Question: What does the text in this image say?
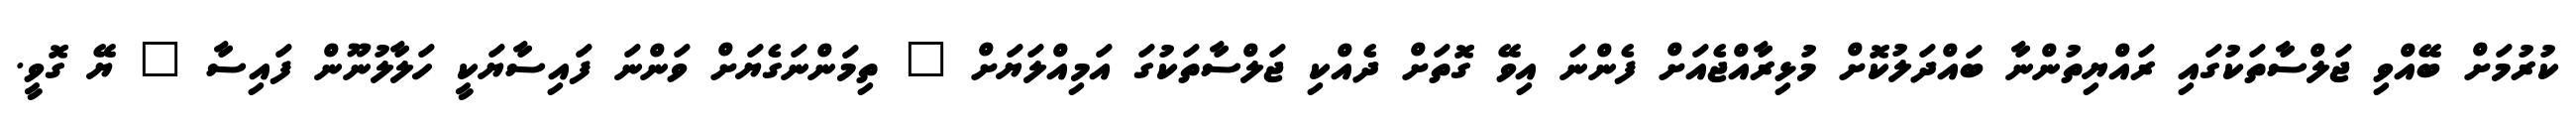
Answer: ކުރުމަށް ބޭއްވި ޖަލްސާތަކުގައި ރައްޔިތުންނާ ބައްދަލުކޮށް މުޅިރާއްޖެއަށް ފެންނަ އިވޭ ގޮތަށް ދެއްކި ޖަލްސާތަކުގަ އަމިއްލަޔަށް " ތިމަންނަގެޔަށް ވަންނަ ފައިސާޔަކީ ހަލާލުނޫން ފައިސާ " ޔޭ ގޮވީ.